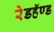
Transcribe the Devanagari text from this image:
रेडहॅण्ड